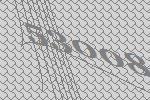
53008